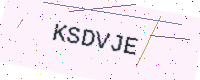
Text: KSDVJE